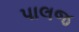
પાલજ